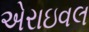
એરાઇવલ